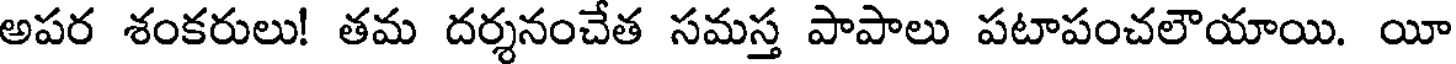
అపర శంకరులు! తమ దర్శనంచేత సమస్త పాపాలు పటాపంచలౌయాయి. యీ